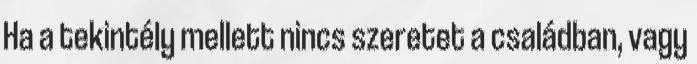
Ha a tekintély mellett nincs szeretet a családban, vagy